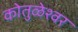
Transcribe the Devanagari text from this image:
कोतुळेश्वर